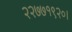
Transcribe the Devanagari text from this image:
२२७७१९२०।